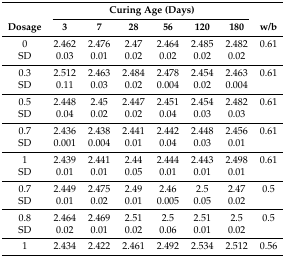
| <ROWSPAN=2> Dosage | <COLSPAN=6> Curing Age (Days) | <ROWSPAN=2> w/b |
 | 3 | 7 | 28 | 56 | 120 | 180 |
 | --- | --- | --- | --- | --- | --- | --- | --- |
 | 0 | 2.462 | 2.476 | 2.47 | 2.464 | 2.485 | 2.482 | 0.61 |
 | SD | 0.03 | 0.01 | 0.02 | 0.02 | 0.02 | 0.02 |  |
 | 0.3 | 2.512 | 2.463 | 2.484 | 2.478 | 2.454 | 2.463 | 0.61 |
 | SD | 0.11 | 0.03 | 0.02 | 0.004 | 0.02 | 0.004 |  |
 | 0.5 | 2.448 | 2.45 | 2.447 | 2.451 | 2.454 | 2.482 | 0.61 |
 | SD | 0.04 | 0.02 | 0.02 | 0.04 | 0.03 | 0.03 |  |
 | 0.7 | 2.436 | 2.438 | 2.441 | 2.442 | 2.448 | 2.456 | 0.61 |
 | SD | 0.001 | 0.004 | 0.01 | 0.04 | 0.03 | 0.01 |  |
 | 1 | 2.439 | 2.441 | 2.44 | 2.444 | 2.443 | 2.498 | 0.61 |
 | SD | 0.01 | 0.01 | 0.05 | 0.01 | 0.01 | 0.01 |  |
 | 0.7 | 2.449 | 2.475 | 2.49 | 2.46 | 2.5 | 2.47 | 0.5 |
 | SD | 0.01 | 0.02 | 0.01 | 0.005 | 0.05 | 0.02 |  |
 | 0.8 | 2.464 | 2.469 | 2.51 | 2.5 | 2.51 | 2.5 | 0.5 |
 | SD | 0.02 | 0.01 | 0.02 | 0.06 | 0.01 | 0.02 |  |
 | 1 | 2.434 | 2.422 | 2.461 | 2.492 | 2.534 | 2.512 | 0.56 |